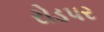
રોડપર